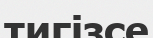
тигізсе